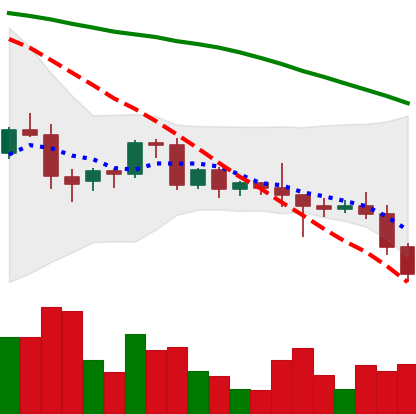
Ticker: BNB-USD
Chart end date: 2022-06-12
Forward return: -15.651%
Label: down_7plus